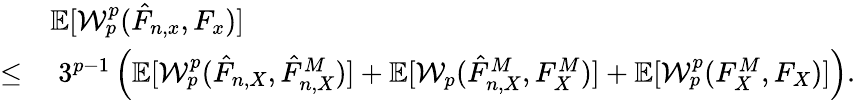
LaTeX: \begin{array}{rl}&{\mathbb{E}[\mathcal{W}_{p}^{p}(\hat{F}_{n,x},F_{x})]}\\ {\leq}&{\; 3^{p-1}\left(\mathbb{E}[\mathcal{W}_{p}^{p}(\hat{F}_{n,X},\hat{F}_{n,X}^{M})]+\mathbb{E}[\mathcal{W}_{p}(\hat{F}_{n,X}^{M},F_{X}^{M})]+\mathbb{E}[\mathcal{W}_{p}^{p}(F_{X}^{M},F_{X})]\right).}\end{array}